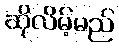
ဆိုလိမ့်မည်